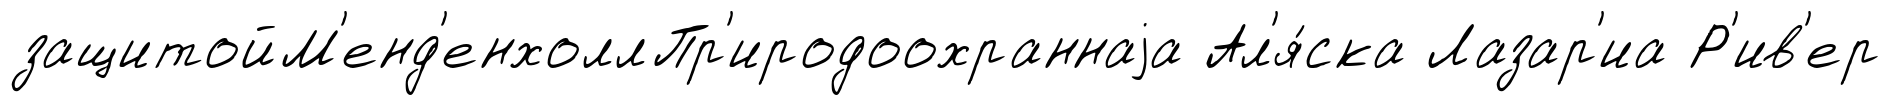
защитойМ'енд'енхоллПр'иродоохраннаjа Ал'я́ска Лазар'иа Р'ив'ер